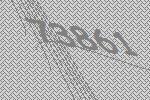
73861